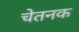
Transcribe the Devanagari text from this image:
चेतनक